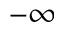
- \infty